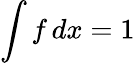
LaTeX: \int f\, dx=1